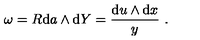
\omega = { R } \mathrm { d } a \wedge \mathrm { d } Y = \frac { \mathrm { d } u \wedge \mathrm { d } x } { y } \ .